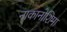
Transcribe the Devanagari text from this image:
नाकानोशिमा